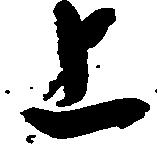
上